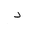
Letter: _dal